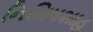
નિમિષશાહ